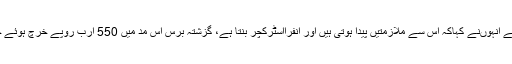
جٹ میں ترقیاتی بجٹ کے حوالے سے بتاتے ہوئے انہوںنے کہاکہ اس سے ملازمتیں پیدا ہوتی ہیں اور انفرااسٹرکچر بنتا ہے، گزشتہ برس اس مد میں 550 ارب روپے خرچ ہوئے جبکہ اس سال 950 ارب روپے رکھے گئے ہیں۔